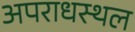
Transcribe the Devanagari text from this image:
अपराधस्थल